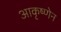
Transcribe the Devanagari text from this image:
आकृष्णेन